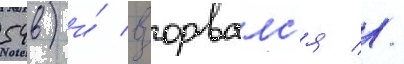
54в) и́ взорвалс'я //